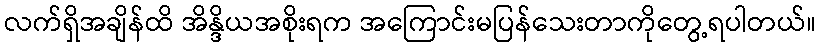
လက်ရှိအချိန်ထိ အိန္ဒိယအစိုးရက အကြောင်းမပြန်သေးတာကိုတွေ့ရပါတယ်။